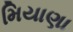
મિયાણા